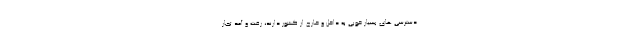
دسترسی های بسیار خوبی به داخل و خارج از کشور دارند، رفت و آمد تجار